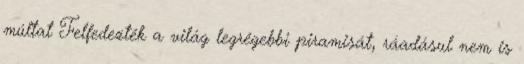
múltat Felfedezték a világ legrégebbi piramisát, ráadásul nem is